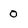
Character: 0